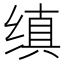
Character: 缜